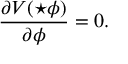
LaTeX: \frac { \partial V ( \star \phi ) } { \partial \phi } = 0 .